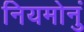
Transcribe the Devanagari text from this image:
नियमोनुं